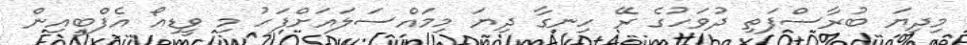
މިދިޔަ ބުރާސްފަތި ދުވަހުގެ ރޭ ހިނގާ ދިޔަ މިމައްސަލައަށްފަހު މި ވީޑިއޯ އެފްބީއިން